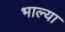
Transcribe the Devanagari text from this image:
भाल्या